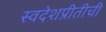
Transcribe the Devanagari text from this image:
स्वदेशप्रीतीची